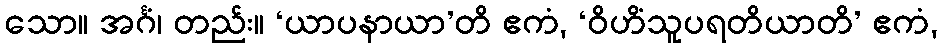
သော။ အင်္ဂံ၊ တည်း။ ‘ယာပနာယာ’တိ ဧကံ, ‘ဝိဟိံသူပရတိယာတိ’ ဧကံ,